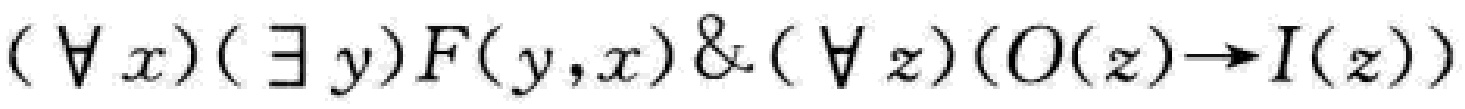
$(\forall x)(\exists y)F(y,x)\&(\forall z)(O(z)\to I(z))$